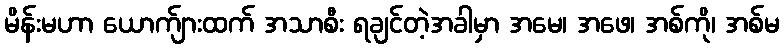
မိန်းမဟာ ယောက်ျားထက် အသာစီး ရချင်တဲ့အခါမှာ အမေ၊ အဖေ၊ အစ်ကို၊ အစ်မ